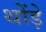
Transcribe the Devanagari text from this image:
थोंड़े